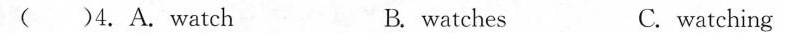
( )4.A.watch B.watches C.watching